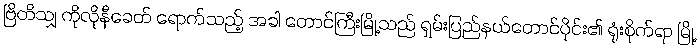
ဗြိတိသျှ ကိုလိုနီခေတ် ရောက်သည့် အခါ တောင်ကြီးမြို့သည် ရှမ်းပြည်နယ်တောင်ပိုင်း၏ ရုံးစိုက်ရာ မြို့